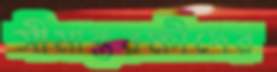
সীমান্তরক্ষীদের